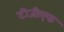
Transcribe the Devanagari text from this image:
टीजीएफ